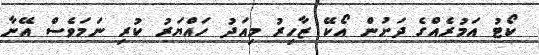
ކޯޓު އަމުރެއްގެ ދަށުން އޯކޭ ޒާހިރު މިއަދު ހައްޔަރު ކުރި ނަމަވެސް އޭނާ